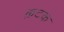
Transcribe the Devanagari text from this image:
क़टक